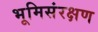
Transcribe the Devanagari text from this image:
भूमिसंरक्षण